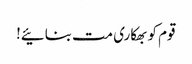
قوم کو بھکاری مت بنائیے!